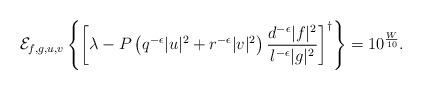
LaTeX: \begin{align*} \mathcal{E}_{f, g, u, v}\left\{\left[\lambda - P\left(q^{-\epsilon}|u|^2 + r^{-\epsilon}|v|^2\right)\frac{d^{-\epsilon}|f|^2}{l^{-\epsilon}|g|^2}\right]^{\dag}\right\} = 10^{\frac{W}{10}}.\end{align*}